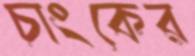
চাংকের